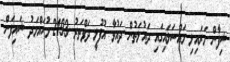
ޝިފާން މަރައިލި މައްސަލައިގައި ދައުލަތުން ދައުވާ އުފުލީ ދަފްތަރު 2193 މުހައްމަދު ޝައިފަން